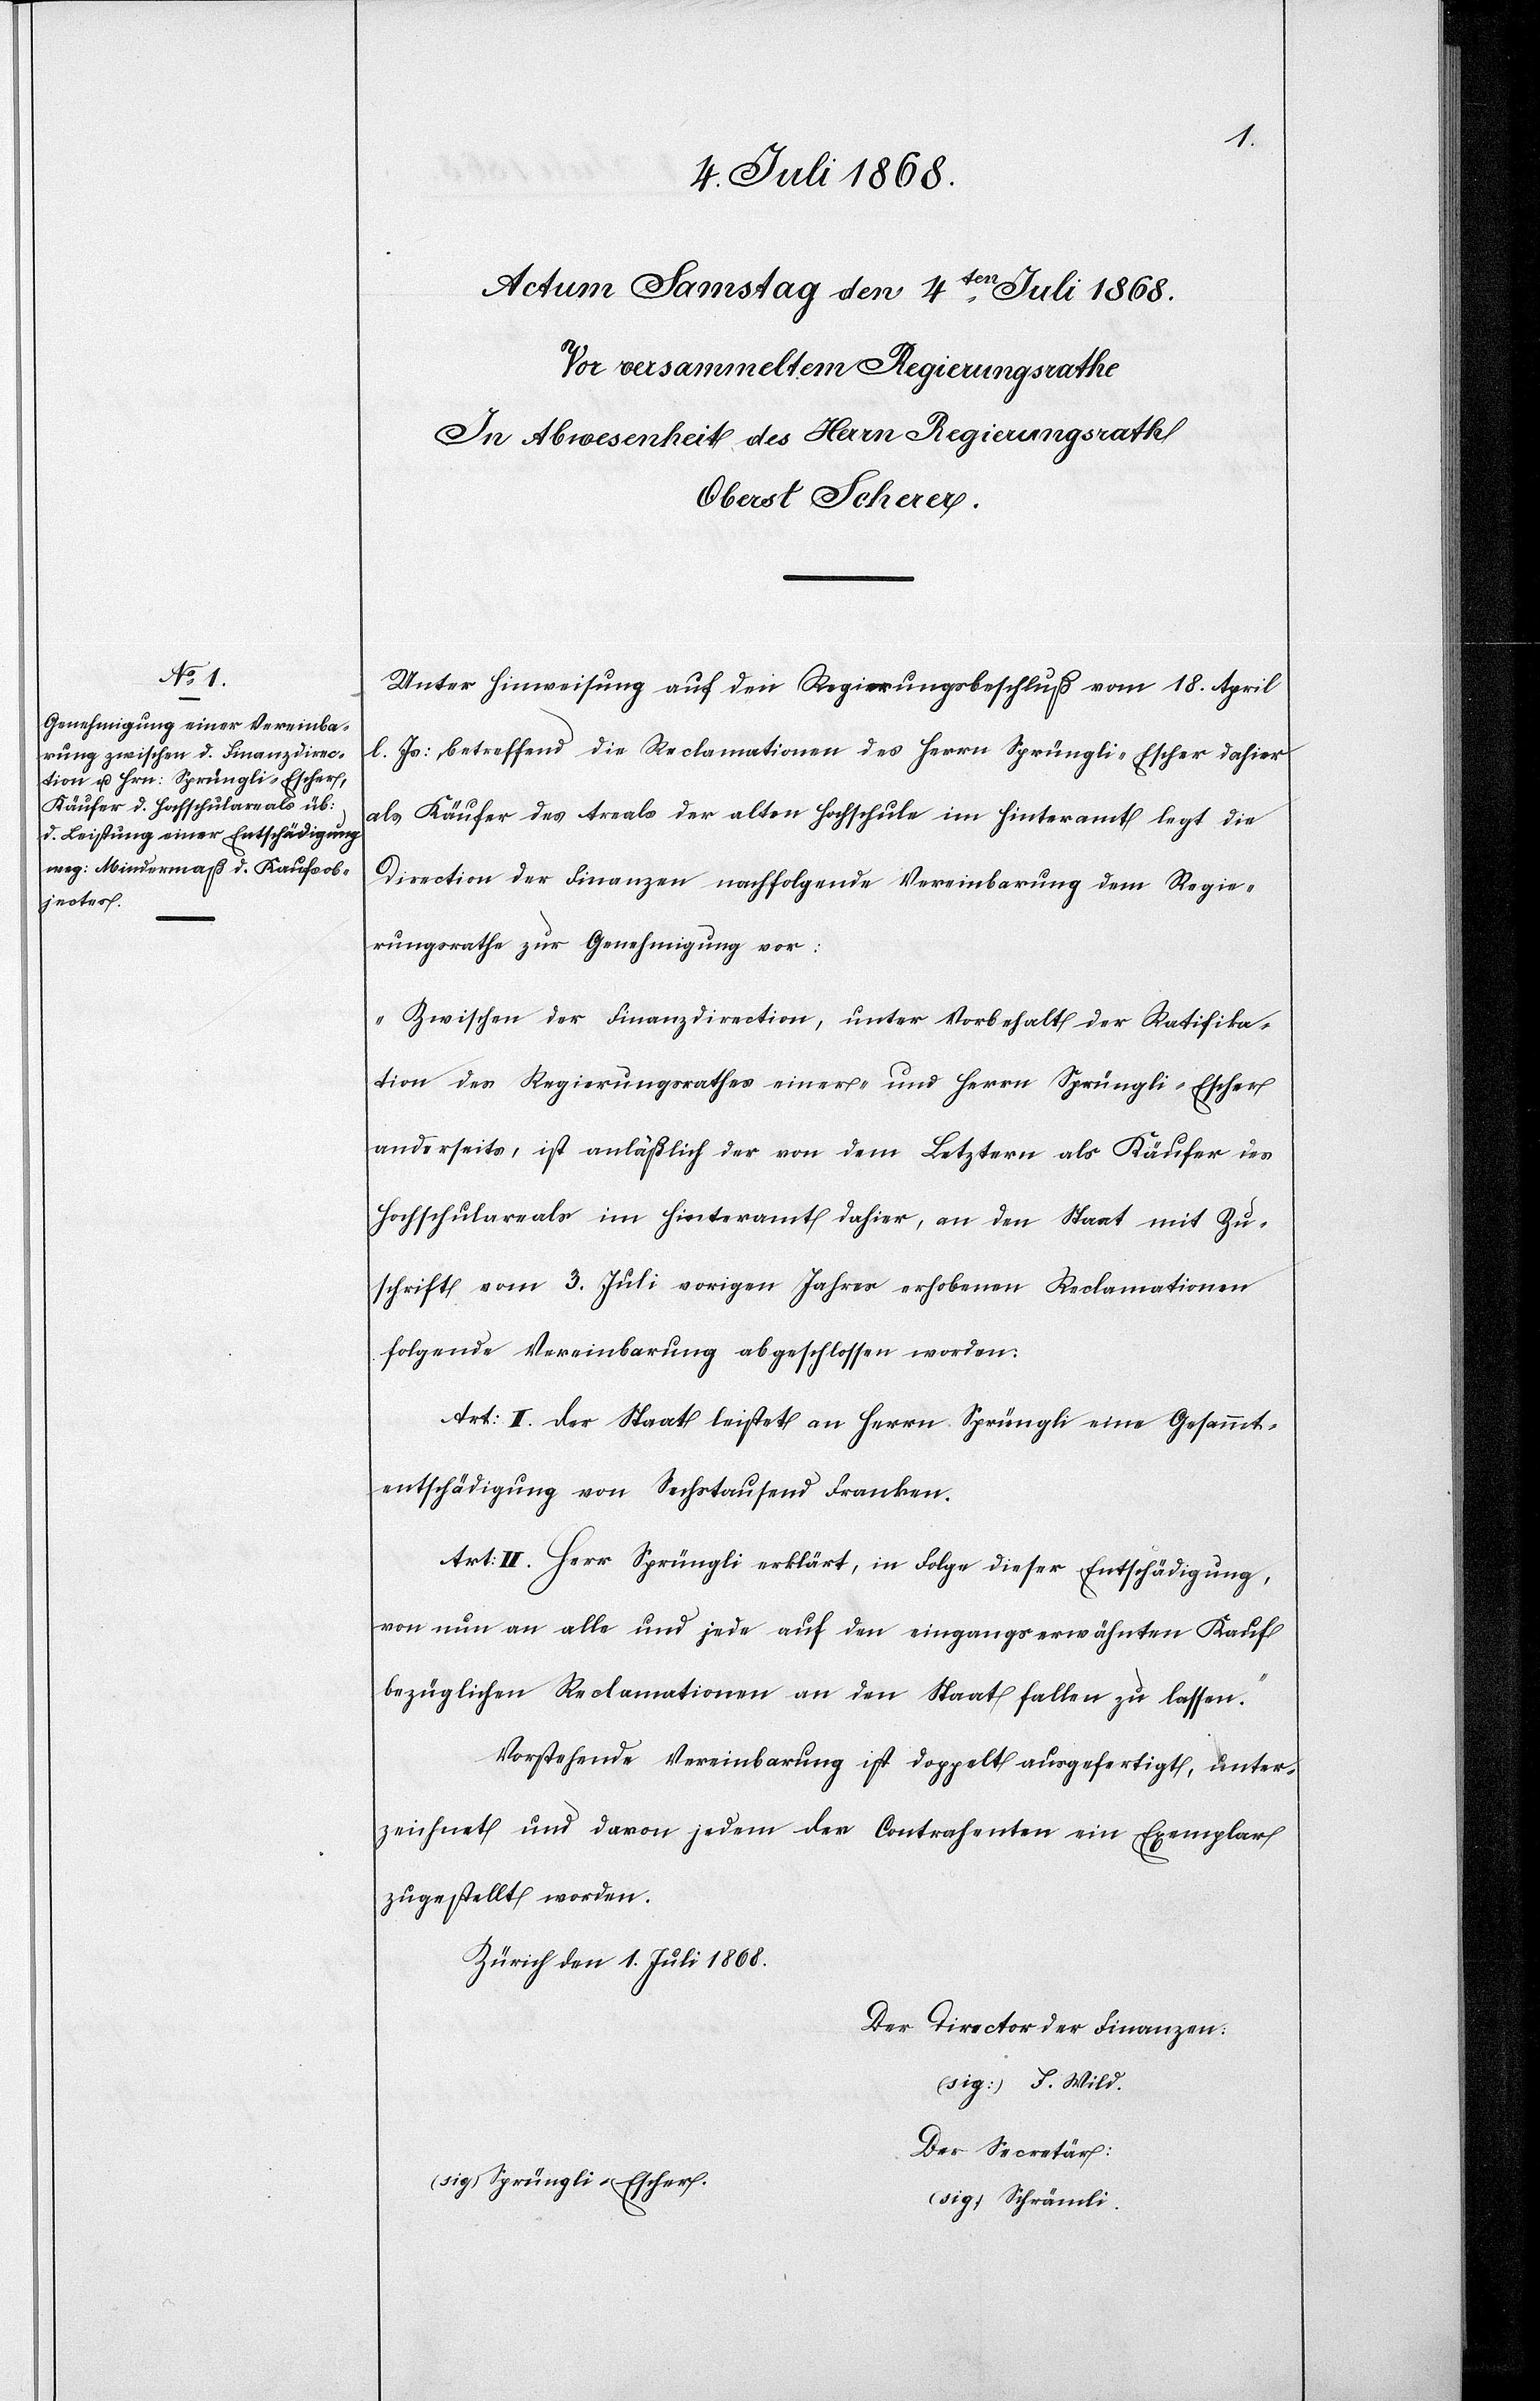
Unter Hinweisung auf den Regierungsbeschluß vom 18. April
l. Js: betreffend die Reclamationen des Herrn Sprüngli-Escher dahier
als Käufer des Areals der alten Hochschule im Hinteramt legt die
Direction der Finanzen nachfolgende Vereinbarung dem Regie¬
rungsrathe zur Genehmigung vor:
„Zwischen der Finanzdirection, unter Vorbehalt der Ratifika¬
tion des Regierungsrathes einer- und Herrn Sprüngli-Escher
anderseits, ist anläßlich der von dem Letztern als Käufer des
Hochschulareals im Hinteramt dahier, an den Staat mit Zu¬
schrift vom 3. Juli vorigen Jahres erhobenen Reclamationen
folgende Vereinbarung abgeschlossen worden:
Art: I. Der Staat leistet an Herrn Sprüngli eine Gesammt¬
entschädigung von Sechstausend Franken.
Art: II. Herr Sprüngli erklärt, in Folge dieser Entschädigung,
von nun an alle und jede auf den eingangserwähnten Kauf
bezüglichen Reclamationen an den Staat fallen zu lassen.“
Vorstehende Vereinbarung ist doppelt ausgefertigt, unter¬
zeichnet und davon jedem der Contrahenten ein Exemplar
zugestellt worden.
Zürich den 1. Juli 1868.
Der Director der Finanzen:
(sig:) F. Wild.
Der Secretär:
(sig.) Schrämli.